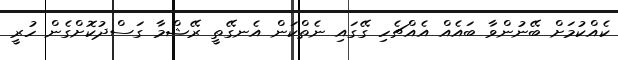
ކެއްކުމަށް ބޭނުންވާ ބައެއް އެއްޗެހި ގޭގައި ނެތްކަން އެނގޭތީ ރޭޝްމާ ގަސްދުކޮށްގެން ހުރީ